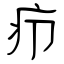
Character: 疖